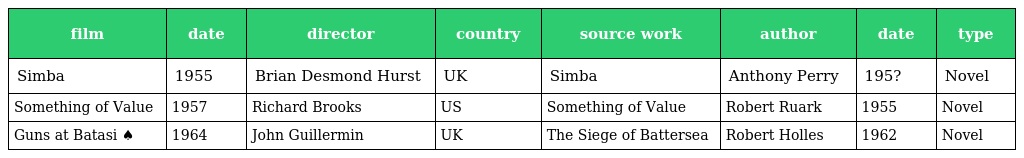
| film | date | director | country | source work | author | date | type |
 | --- | --- | --- | --- | --- | --- | --- | --- |
 | Simba | 1955 | Brian Desmond Hurst | UK | Simba | Anthony Perry | 195? | Novel |
 | Something of Value | 1957 | Richard Brooks | US | Something of Value | Robert Ruark | 1955 | Novel |
 | Guns at Batasi ♠ | 1964 | John Guillermin | UK | The Siege of Battersea | Robert Holles | 1962 | Novel |